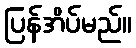
ပြန်အိပ်မည်။